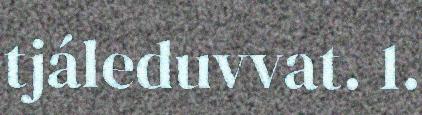
tjáleduvvat. 1.